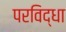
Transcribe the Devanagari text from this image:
परविद्धा